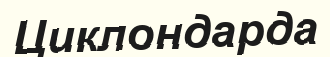
Циклондарда